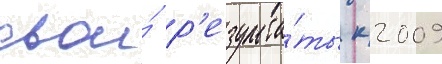
свои́ р'езульта́ты к 2009